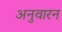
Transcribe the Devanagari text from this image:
अनुवारन